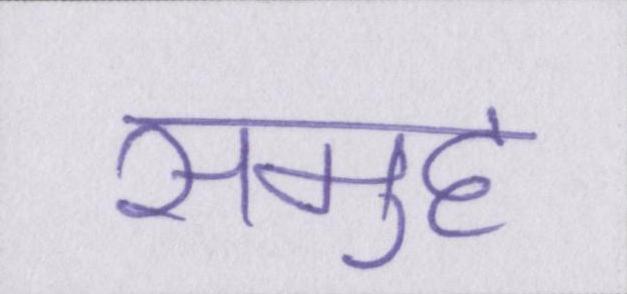
समुह